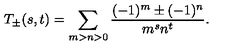
T _ { \pm } ( s , t ) = \sum _ { m > n > 0 } \frac { ( - 1 ) ^ { m } \pm ( - 1 ) ^ { n } } { m ^ { s } n ^ { t } } .